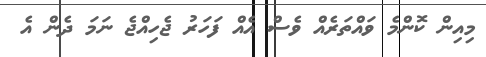
މިއިން ކޮންމެ ވައްތަރެއް ވެސް އެއް ފަހަރު ޖެހިއްޖެ ނަމަ ދެން އެ